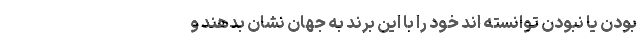
بودن یا نبودن توانسته اند خود را با این برند به جهان نشان بدهند و